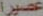
عصيرا